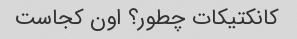
کانکتیکات چطور؟ اون کجاست